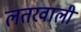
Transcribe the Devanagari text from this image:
लतरवाली